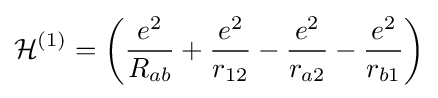
{\mathcal {H}}^{(1)}=\left({\frac {e^{2}}{R_{ab}}}+{\frac {e^{2}}{r_{12}}}-{\frac {e^{2}}{r_{a2}}}-{\frac {e^{2}}{r_{b1}}}\right)